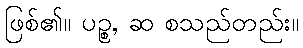
ဖြစ်၏။ ပဉ္စ, ဆ စသည်တည်း။